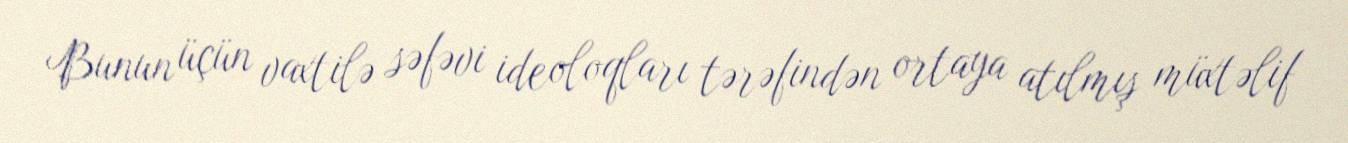
Bunun üçün vaxtilə səfəvi ideoloqları tərəfindən ortaya atılmış müxtəlif